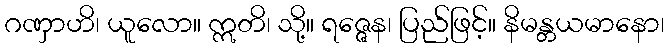
ဂဏှာဟိ၊ ယူလော။ ဣတိ၊ သို့။ ရဇ္ဇေန၊ ပြည်ဖြင့်။ နိမန္တယမာနော၊